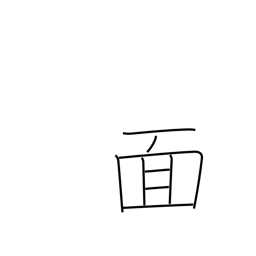
Meaning: mask